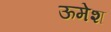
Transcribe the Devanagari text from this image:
ऊमेश